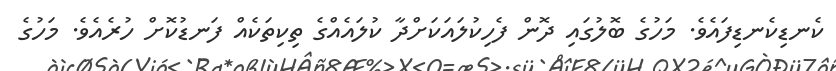
ކެނޑިކެނޑިފައެވެ. މަހުގެ ބޮލުގައި ދޮން ފެހިކުލައަކަށްދާ ކުލައެއްގެ ތިކިތަކެއް ފަނޑުކޮށް ހުރެއެވެ. މަހުގެ